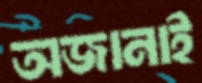
অজানাই